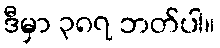
ဒီမှာ ၃၈၇ ဘတ်ပါ။